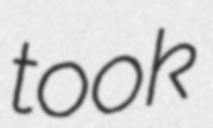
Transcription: took